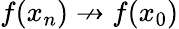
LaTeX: f(x_{n})\not\to f(x_{0})